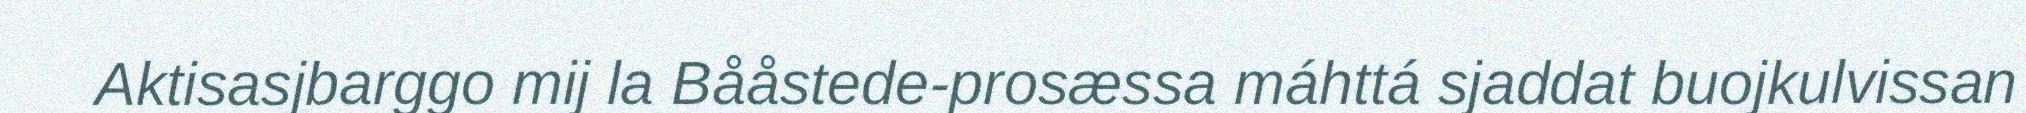
Aktisasjbarggo mij la Bååstede-prosæssa máhttá sjaddat buojkulvissan